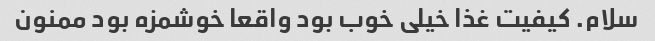
سلام. کیفیت غذا خیلی خوب بود واقعا خوشمزه بود ممنون